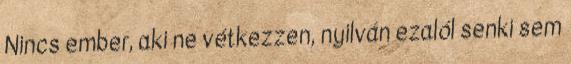
Nincs ember, aki ne vétkezzen, nyilván ezalól senki sem